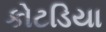
કોટડિયા